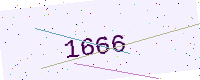
Text: 1666